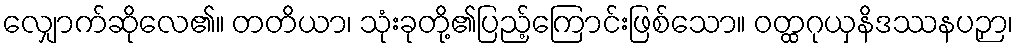
လျှောက်ဆိုလေ၏။ တတိယာ၊ သုံးခုတို့၏ပြည့်ကြောင်းဖြစ်သော။ ဝတ္ထဂုယှနိဒဿနပဉှာ၊